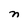
Character: n